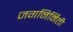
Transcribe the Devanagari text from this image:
जगनिर्मिती